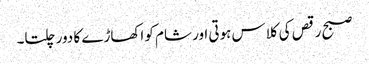
صبح رقص کی کلاس ہوتی اور شام کو اکھاڑے کا دور چلتا۔